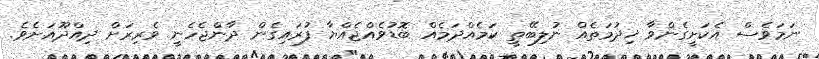
ނަމަވެސް އެކަށީގެންވާ ޚިދުމަތެއް ނުލިބޭތީ ކަމެއްދަމެއް ބޮޑުވެއްޖެއްޔާ ފުރައިގެން ދާންޖެހެނީ ވެރިރަށް ދިއްދޫއަށެވެ.